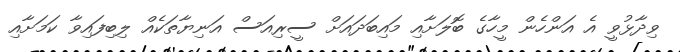
ވިދާޅުވީ އެ އަންހެން މީހާގެ ބޮލަށާއި މައިބަދައަށް ސީރިއަސް އަނިޔާތަކެއް ލިބިފައިވާ ކަމަށާއި